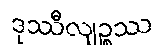
ဒုဿီလျဉ္စဿ